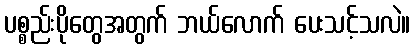
ပစ္စည်းပိုတွေအတွက် ဘယ်လောက် ပေးသင့်သလဲ။